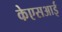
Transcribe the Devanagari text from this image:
केएसआई